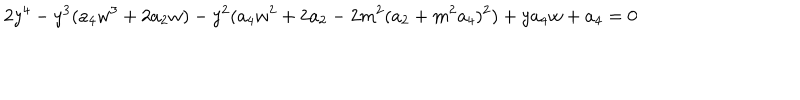
LaTeX: 2 y ^ { 4 } - y ^ { 3 } ( a _ { 4 } w ^ { 3 } + 2 a _ { 2 } w ) - y ^ { 2 } ( a _ { 4 } w ^ { 2 } + 2 a _ { 2 } - 2 m ^ { 2 } ( a _ { 2 } + m ^ { 2 } a _ { 4 } ) ^ { 2 } ) + y a _ { 4 } w + a _ { 4 } = 0